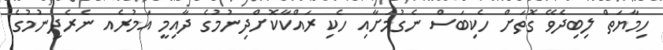
ހިމާޔަތް ލިބިދެވޭ ގޮތަށް ހެކިބަސް ނެގުމަށާއި ހެކި ރައްކާކޮށްދިނުމުގެ ދާއިމީ އަމުރެއ ނެރެދިނުމުގެ